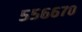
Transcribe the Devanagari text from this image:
५५६६७०